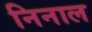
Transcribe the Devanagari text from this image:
निनाल